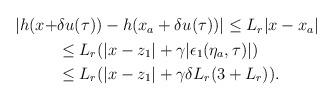
LaTeX: \begin{align*}\begin{aligned}|h(x+&\delta u(\tau)) - h(x_a+\delta u(\tau))| \le L_r |x-x_a| \\&\le L_r(|x-z_1|+\gamma |\epsilon_1(\eta_a,\tau)|) \\&\le L_r(|x-z_1|+\gamma \delta L_r ( 3 + L_r)).\end{aligned}\end{align*}